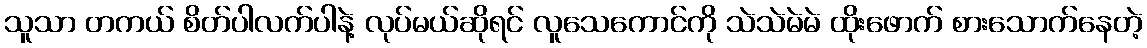
သူသာ တကယ် စိတ်ပါလက်ပါနဲ့ လုပ်မယ်ဆိုရင် လူသေကောင်ကို သဲသဲမဲမဲ ထိုးဖောက် စားသောက်နေတဲ့